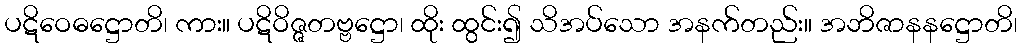
ပဋိဝေဓဋ္ဌောတိ၊ ကား။ ပဋိဝိဇ္ဇတဗ္ဗဋ္ဌော၊ ထိုး ထွင်း၍ သိအပ်သော အနက်တည်း။ အဘိဇာနနဋ္ဌောတိ၊